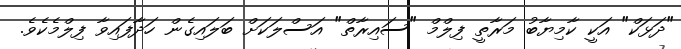
"ދަޅަކް" އަކީ ކާމިޔާބު މަރާތީ ފިލްމް "ސައިރާތް" އަސްލަކަށް ބަލައިގެން ހަދާފައިވާ ފިލްމެކެވެ.